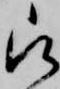
被